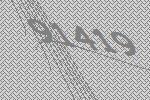
91419